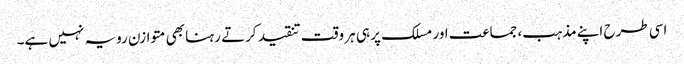
اسی طرح اپنے مذہب، جماعت اور مسلک پر ہی ہر وقت تنقید کرتے رہنا بھی متوازن رویہ نہیں ہے۔